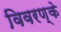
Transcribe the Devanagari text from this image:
विवरण्के